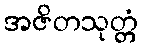
အဇိတသုတ္တံ